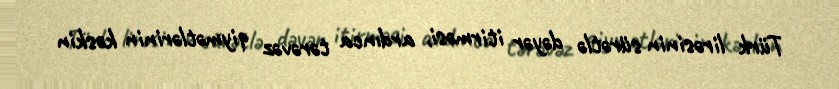
Türk lirəsinin sürətlə dəyər itirməsi, ardınca tərəvəz qiymətlərinin kəskin